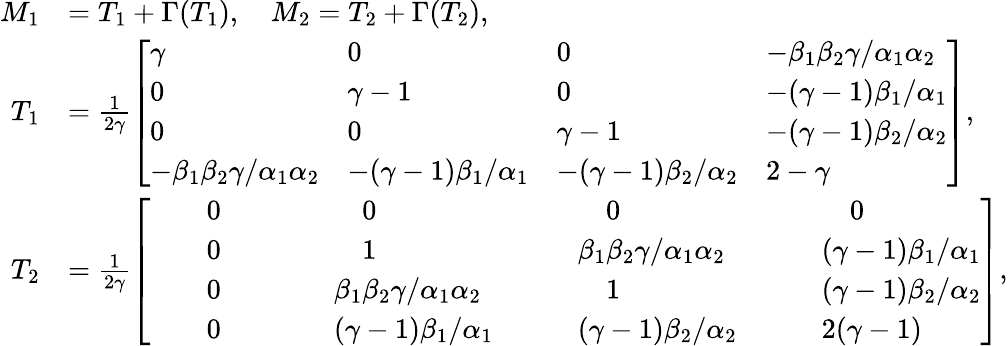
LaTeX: \begin{array}{r}{\begin{array}{rl}{M_{1}}&{=T_{1}+\Gamma(T_{1}),\quad M_{2}=T_{2}+\Gamma(T_{2}),}\\ {T_{1}}&{=\frac{1}{2\gamma}\left[\begin{array}{llll}{\gamma}&{0}&{0}&{-\beta_{1}\beta_{2}\gamma/\alpha_{1}\alpha_{2}}\\ {0}&{\gamma-1}&{0}&{-(\gamma-1)\beta_{1}/\alpha_{1}}\\ {0}&{0}&{\gamma-1}&{-(\gamma-1)\beta_{2}/\alpha_{2}}\\ {-\beta_{1}\beta_{2}\gamma/\alpha_{1}\alpha_{2}}&{-(\gamma-1)\beta_{1}/\alpha_{1}}&{-(\gamma-1)\beta_{2}/\alpha_{2}}&{2-\gamma}\end{array}\right],}\\ {T_{2}}&{=\frac{1}{2\gamma}\left[\begin{array}{llll}{\qquad 0\qquad}&{\qquad 0\qquad}&{\qquad 0\qquad}&{\qquad 0}\\ {\qquad 0\qquad}&{\qquad 1\qquad}&{\quad\beta_{1}\beta_{2}\gamma/\alpha_{1}\alpha_{2}\quad}&{\quad(\gamma-1)\beta_{1}/\alpha_{1}}\\ {\qquad 0\qquad}&{\quad\beta_{1}\beta_{2}\gamma/\alpha_{1}\alpha_{2}\quad}&{\qquad 1\qquad}&{\quad(\gamma-1)\beta_{2}/\alpha_{2}}\\ {\qquad 0\qquad}&{\quad(\gamma-1)\beta_{1}/\alpha_{1}\quad}&{\quad(\gamma-1)\beta_{2}/\alpha_{2}\quad}&{\quad 2(\gamma-1)}\end{array}\right],}\end{array}}\end{array}